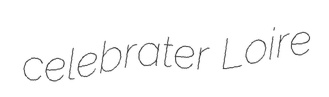
celebrater Loire